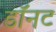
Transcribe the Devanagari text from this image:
डॉनट